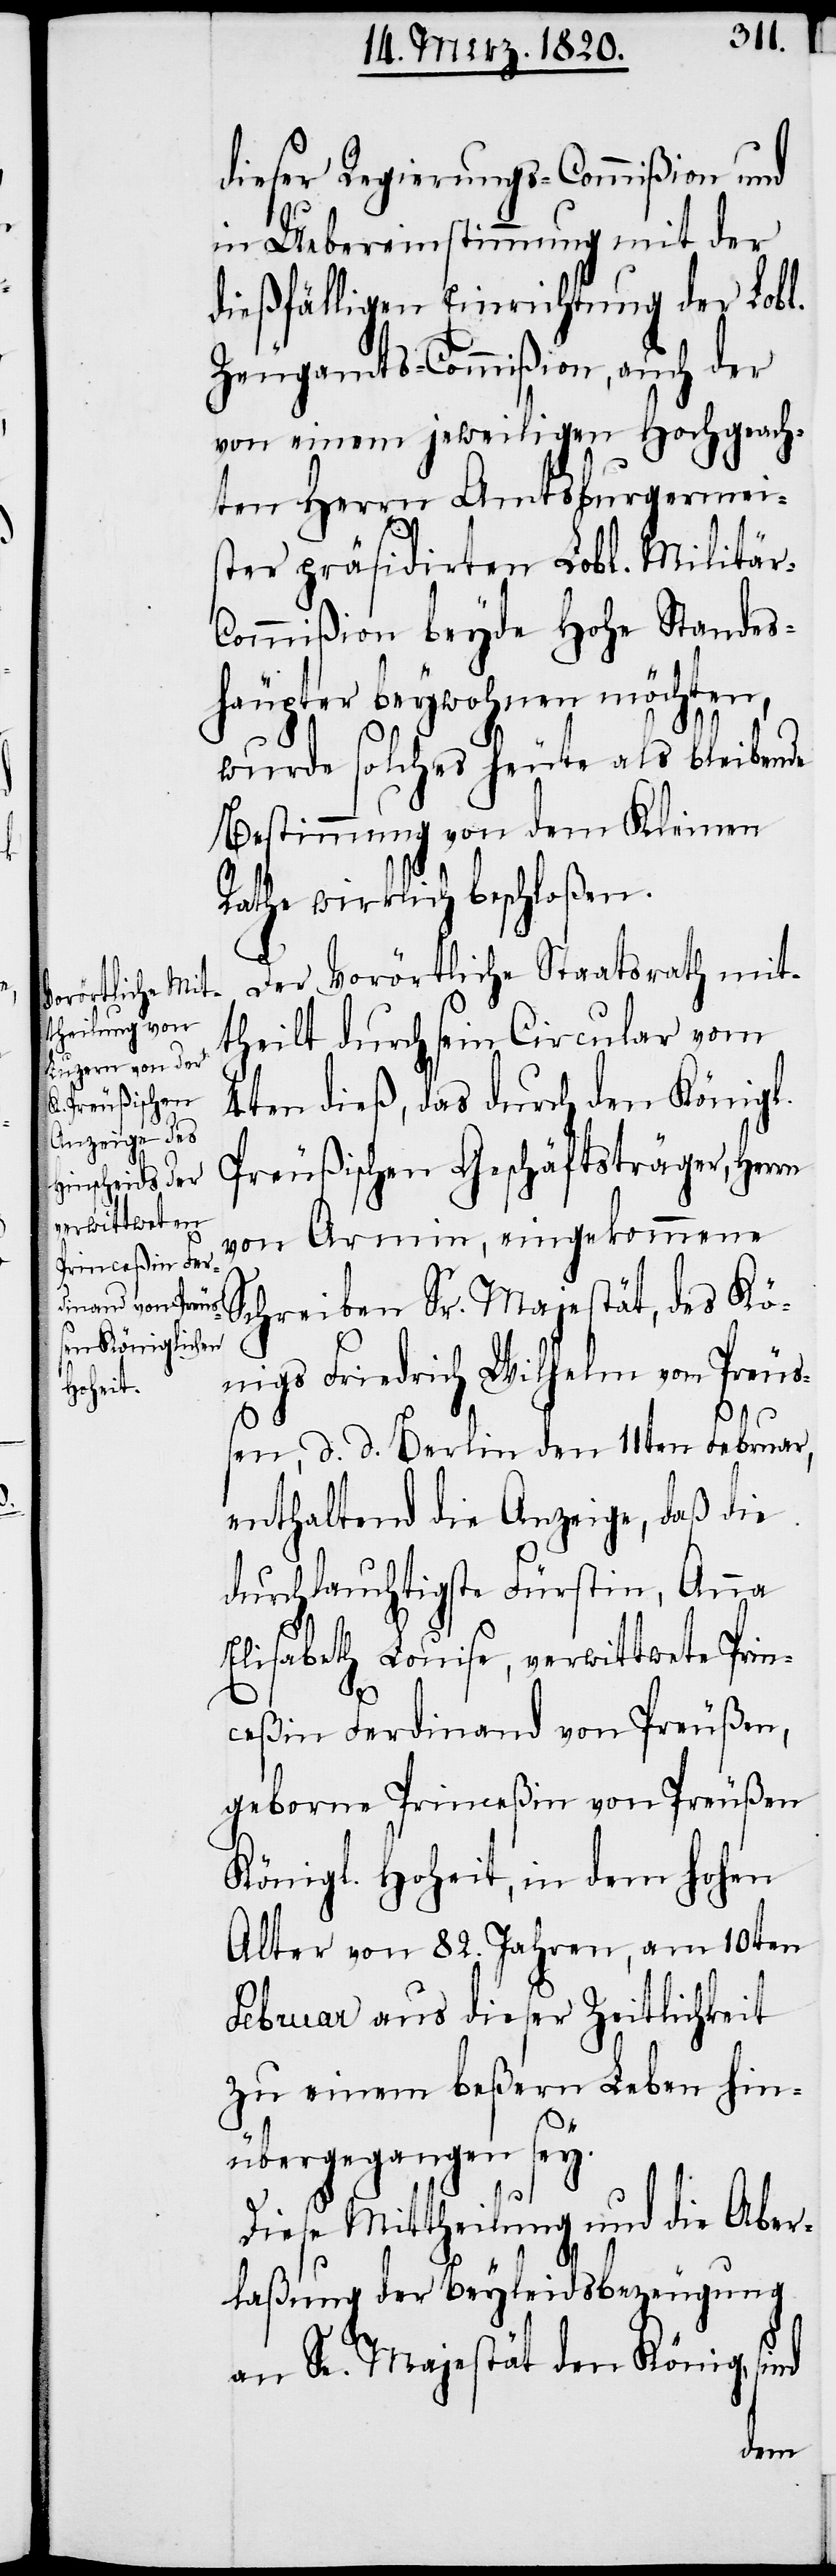
dieser Regierungs-Commißion und
in Uebereinstimmung mit der
dießfälligen Einrichtung der Lobl.
Zeugamts-Commißion, auch der
von einem jeweiligen Hochgeach¬
ten Herrn Amtsburgermei¬
ster präsidirten Lobl. Militä¬
ommißion beyde Hohe Standes¬
häupter beywohnen möchten,
wurde solches heute als bleibende
Bestimmung von dem Kleinen
Rathe wirklich beschloßen.
Der Vorörtliche Staatsrath mit¬
theilt durch sein Circular vom
4ten dieß, das durch den Königl.
Preußischen Geschäftsträger, Herrn
von Armin, eingekommene
Schreiben Sr. Majestät, des Kö¬
nigs Friedrich Wilhelm von Preuß¬
en, d. d. Berlin den 11ten Februar,
enthaltend die Anzeige, daß die
durchlauchtigste Fürstin, Anna
Elisabeth Louise, verwittwete Prin¬
r-C¬
ceßin Ferdinand von Preußen,
geborne Princeßin von Preußen
Königl. Hoheit, in dem hohen
Alter von 82. Jahren, am 10ten
Februar aus dieser Zeitlichkeit
zu einem beßern Leben hin¬
übergegangen sey.
Diese Mittheilung und die Aber¬
laßung der Beyleidsbezeugung
an Se. Majestät den König, sind